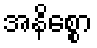
အနိစ္စော